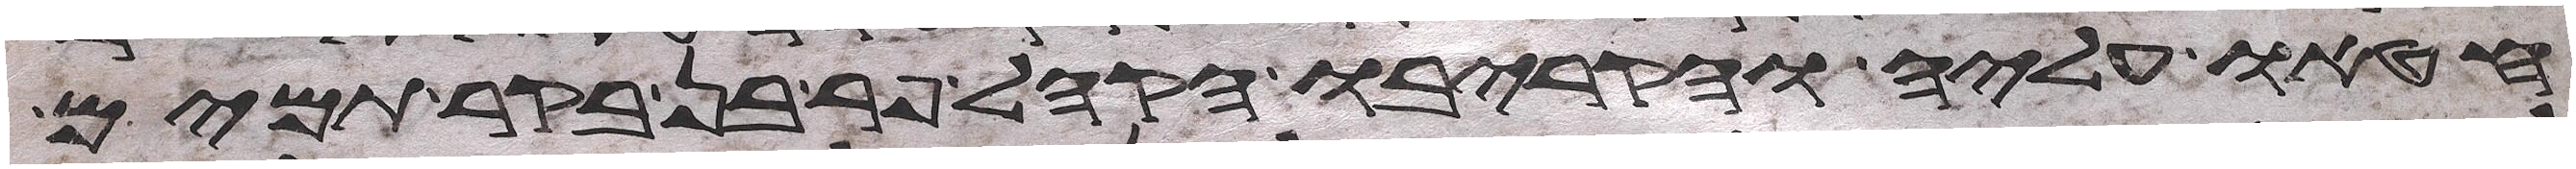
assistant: חטאו עליה והקריבו הקהל פר בן בקר תמים